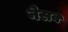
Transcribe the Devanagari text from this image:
नेसव